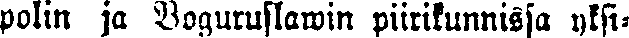
polin ja Boguruslawin piirikunnissa yksi-